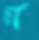
ন